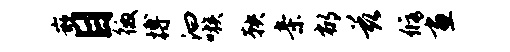
嵌目徼搏汩嗾鞅亲郁兹修画